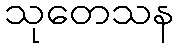
သုတေသန